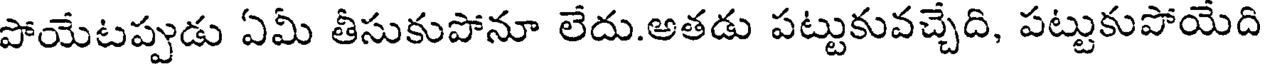
పోయేటప్పుడు ఏమీ తీసుకుపోనూ లేదు.అతడు పట్టుకువచ్చేది, పట్టుకుపోయేది